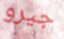
جيرو